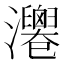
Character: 𤄻